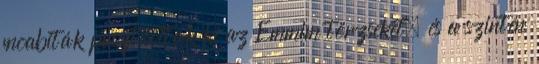
moabiták pusztították ki az Emmim törzseket, és a szintén